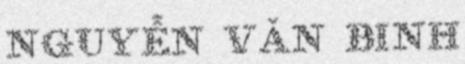
Nguyễn Văn Binh